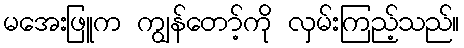
မအေးဖြူက ကျွန်တော့်ကို လှမ်းကြည့်သည်။